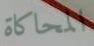
المحاكاة